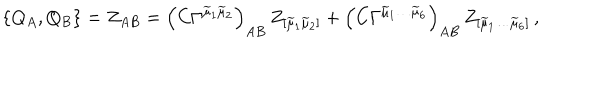
LaTeX: \{ Q _ { A } , Q _ { B } \} = Z _ { A B } = \left( C \Gamma ^ { \widetilde { \mu } _ { 1 } \widetilde { \mu } _ { 2 } } \right) _ { A B } \, Z _ { [ \widetilde { \mu } _ { 1 } \widetilde { \mu } _ { 2 } ] } + \left( C \Gamma ^ { \widetilde { \mu } _ { 1 } \ldots \widetilde { \mu } _ { 6 } } \right) _ { A B } \, Z _ { [ \widetilde { \mu } _ { 1 } \ldots \widetilde { \mu } _ { 6 } ] } \, ,